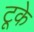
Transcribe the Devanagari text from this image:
टूके